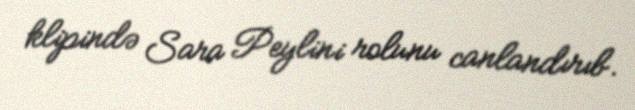
klipində Sara Peylini rolunu canlandırıb.